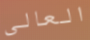
العالى